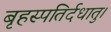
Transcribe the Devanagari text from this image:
बृहस्पतिर्दधातु।